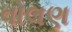
વોલણ